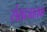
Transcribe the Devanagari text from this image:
संखजातक